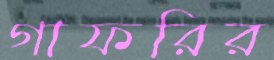
গাফরির